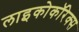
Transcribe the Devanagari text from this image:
लाइकोकॉरेक्स